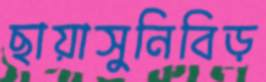
ছায়াসুনিবিড়